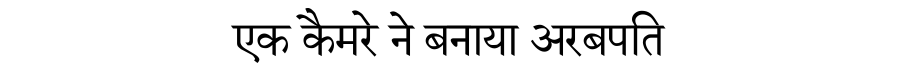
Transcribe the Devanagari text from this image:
एक कैमरे ने बनाया अरबपति